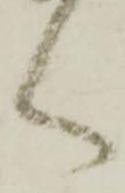
く